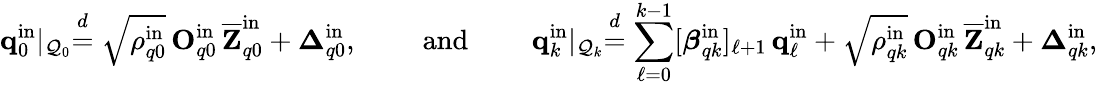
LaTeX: \mathbf{q}_{0}^{\mathrm{in}}\lvert_{\mathcal{Q}_{0}}\stackrel{d}{=}\sqrt{\rho_{q0}^{\mathrm{in}}}\, \mathbf{O}_{q0}^{\mathrm{in}}\, \overline{{\mathbf{Z}}}_{q0}^{\mathrm{in}}+\boldsymbol{\Delta}_{q0}^{\mathrm{in}},\qquad\mathrm{~and~}\qquad\mathbf{q}_{k}^{\mathrm{in}}\lvert_{\mathcal{Q}_{k}}\stackrel{d}{=}\sum_{\ell=0}^{k-1}[\boldsymbol{\beta}_{qk}^{\mathrm{in}}]_{\ell+1}\, \mathbf{q}_{\ell}^{\mathrm{in}}+\sqrt{\rho_{qk}^{\mathrm{in}}}\, \mathbf{O}_{qk}^{\mathrm{in}}\, \overline{{\mathbf{Z}}}_{qk}^{\mathrm{in}}+\boldsymbol{\Delta}_{qk}^{\mathrm{in}},